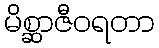
မိစ္ဆာဇီဝရတာ